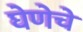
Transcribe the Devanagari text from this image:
घेणेचे